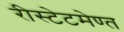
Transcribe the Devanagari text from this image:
रीस्टेटमेण्त